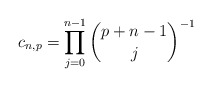
\begin{align*} c_{n,p} = \prod_{j=0}^{n-1} \binom{p+n-1}{j}^{-1}\end{align*}